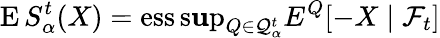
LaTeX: \operatorname{E}S_{\alpha}^{t}(X)=\operatorname{ess\operatorname*{s\mathbf{u}p}}_{Q\in{\mathcal{{Q}}}_{\alpha}^{t}}E^{Q}[-X\mid{\mathcal{{F}}}_{t}]